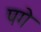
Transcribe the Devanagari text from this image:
पगे